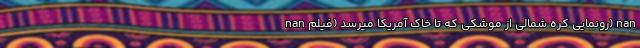
nan رونمایی کره شمالی از موشکی که تا خاک آمریکا میرسد (فیلم) nan